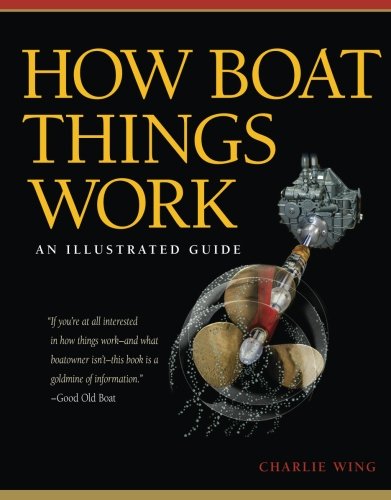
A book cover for How Boat Things Work: An Illustrated Guide; Charlie Wing; Sports & Outdoors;